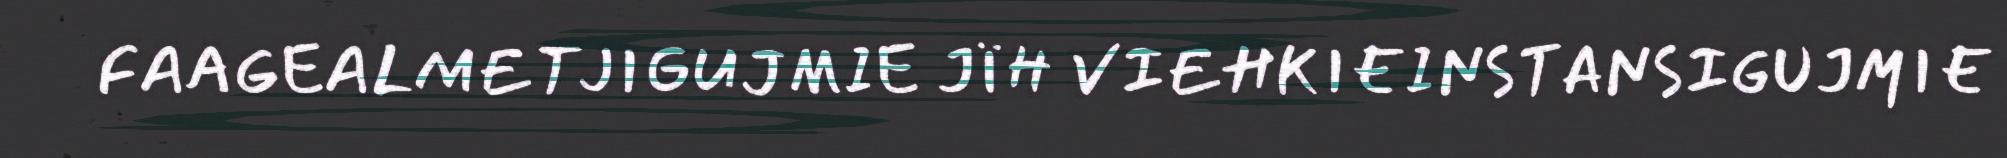
FAAGEALMETJIGUJMIE JÏH VIEHKIEINSTANSIGUJMIE